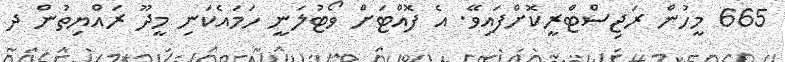
665 މީހުން ރަޖިސްޓްރީކޮށްފައިވޭ. އެ ފޮއްޓަށް ވޯޓުލަނީ ހަމައެކަނި މީދޫ ރައްޔިތުން ދ